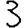
Digit: 3